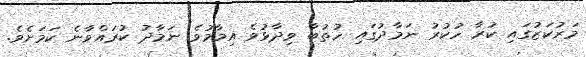
މަރުކަޒުގައި ކުރާ ހުކުރު ނަމާދުގައި ހުތުބާ ވިދާޅުވެ އިމާމުވެ ނަމާދު ކުރައްވާނެ ކަމަށެވެ.